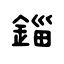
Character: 錙